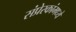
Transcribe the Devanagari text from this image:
संप्रेरकांमध्ये